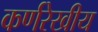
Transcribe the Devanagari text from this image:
कर्णरेखीय